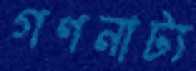
গণনাট্য